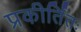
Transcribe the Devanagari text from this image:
प्रकीर्तितः